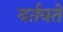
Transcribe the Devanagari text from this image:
वर्तवते